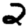
Digit: 2